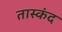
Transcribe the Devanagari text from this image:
तास्कंद